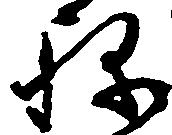
ね